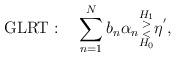
LaTeX: \begin{align*}\mathrm{GLRT}:\quad\sum_{n=1}^N b_n\alpha_n\substack{H_1 \\ > \\ < \\ H_0}\eta^{'},\end{align*}